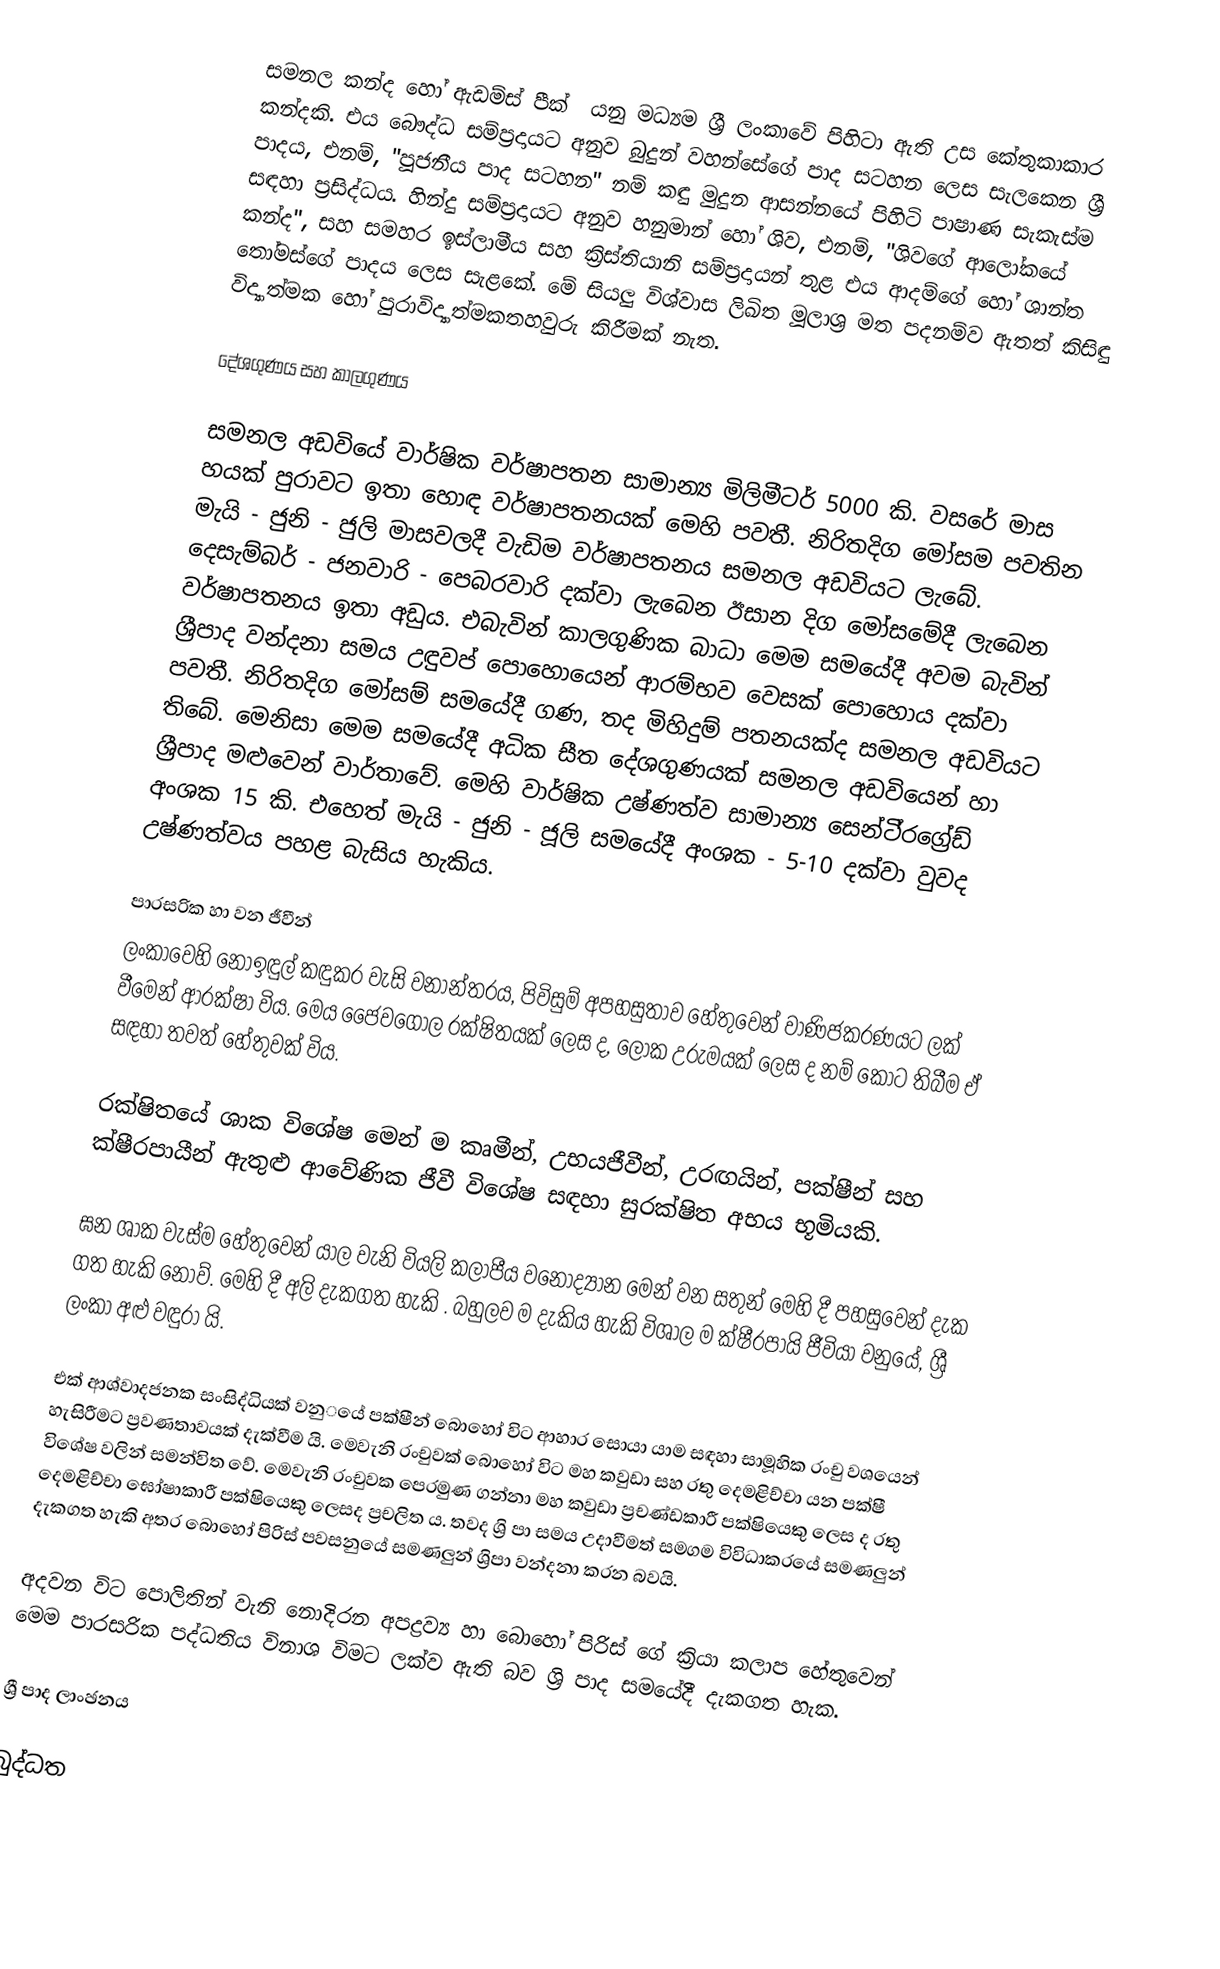
සමනල කන්ද හෝ ඇඩම්ස් පීක් ‍‍‍‍‍‍  යනු මධ්‍යම ශ්‍රී ලංකාවේ පිහිටා ඇති  උස කේතුකාකාර කන්දකි. එය බෞද්ධ සම්ප්‍රදායට අනුව බුදුන් වහන්සේගේ පාද සටහන ලෙස සැලකෙන ශ්‍රී පාදය, එනම්, "පූජනීය පාද සටහන" නම් කඳු මුදුන ආසන්නයේ පිහිටි  පාෂාණ සැකැස්ම සඳහා ප්‍රසිද්ධය. හින්දු සම්ප්‍රදායට අනුව හනුමාන් හෝ ශිව, එනම්, "ශිවගේ ආලෝකයේ කන්ද", සහ සමහර ඉස්ලාමීය සහ ක්‍රිස්තියානි සම්ප්‍රදායන් තුළ එය ආදම්ගේ හෝ ශාන්ත තෝමස්ගේ පාදය ලෙස සැළකේ. මේ සියලු විශ්වාස ලිඛිත මූලාශ්‍ර මත පදනම්ව ඇතත් කිසිඳු විද්‍යාත්මක හෝ පුරාවිද්‍යාත්මකතහවුරු කිරීමක් නැත.

දේශගුණය සහ කාලගුණය

සමනල අඩවියේ වාර්ෂික වර්ෂාපතන සාමාන්‍ය මිලිමීටර් 5000 කි. වසරේ මාස හයක්‌ පුරාවට ඉතා හොඳ වර්ෂාපතනයක්‌ මෙහි පවතී. නිරිතදිග මෝසම පවතින මැයි - ජුනි - ජුලි මාසවලදී වැඩිම වර්ෂාපතනය සමනල අඩවියට ලැබේ. දෙසැම්බර් - ජනවාරි - පෙබරවාරි දක්‌වා ලැබෙන ඊසාන දිග මෝසමේදී ලැබෙන වර්ෂාපතනය ඉතා අඩුය. එබැවින් කාලගුණික බාධා මෙම සමයේදී අවම බැවින් ශ්‍රීපාද වන්දනා සමය උඳුවප් පොහොයෙන් ආරම්භව වෙසක්‌ පොහොය දක්‌වා පවතී. නිරිතදිග මෝසම් සමයේදී ගණ, තද මිහිදුම් පතනයක්‌ද සමනල අඩවියට තිබේ. මෙනිසා මෙම සමයේදී අධික සීත දේශගුණයක්‌ සමනල අඩවියෙන් හා ශ්‍රීපාද මළුවෙන් වාර්තාවේ. මෙහි වාර්ෂික උෂ්ණත්ව සාමාන්‍ය සෙන්ටි්‍රග්‍රේඩ් අංශක 15 කි. එහෙත් මැයි - ජුනි - ජූලි සමයේදී අංශක - 5-10 දක්‌වා වුවද උෂ්ණත්වය පහළ බැසිය හැකිය.

පාරසරික හා වන ජීවීන්
ලංකාවෙහි නොඉඳුල් කඳුකර වැසි වනාන්තරය, පිවිසු‌ම් අපහසුතාව හේතුවෙන් වාණිජකරණයට ලක් වී‍මෙන් ආරක්ෂා විය. මෙය  ‍ජෛවගෝල රක්ෂිතයක් ‌‍ලෙස ද,  ‍ලෝක උරුමයක් ‍ලෙස ද නම්‍‍‍ කොට තිබීම ඒ සඳහා තවත් හේතුවක් විය. ‌

රක්ෂිතයේ ශාක විශේෂ මෙන් ම කෘමීන්, උභයජීවීන්, උරඟයින්, පක්ෂීන් සහ ක්ෂීරපායීන් ඇතුළු ආවේණික ජීවී විශේෂ සඳහා සුරක්ෂිත අභය භූමියකි.

ඝන ශාක වැස්ම හේතුවෙන් යාල වැනි වියලි කලාපීය වනෝද්‍යාන මෙන් වන සතුන් මෙහි දී පහසුවෙන් දැක ගත හැකි නොව්. මෙහි දී අලි දැකගත හැකි . බහුලව ම දැකිය හැකි විශාල ම ක්ෂීරපායි ජීවියා වනුයේ, ශ්‍රී ලංකා අළු වඳුරා යි.

එක් ආශ්වාදජනක සංසිද්ධියක් වනු‌‌‍යේ පක්ෂීන් ‌‍බොහෝ විට ආහාර ‍‍සොයා යාම සඳහා සාමූහික රංචු වශ‌‍යෙන් හැසිරීමට ප්‍රවණතාවයක් දැක්වීම යි. මෙවැනි ‍රංචුවක් ‍‍බොහෝ විට මහ කවුඩා සහ රතු දෙමළිච්චා යන පක්ෂී විශේෂ වලින් සමන්විත වේ. මෙවැනි ‍රංචුවක පෙරමුණ ගන්නා මහ කවුඩා ප්‍රචණ්ඩකාරී පක්ෂියෙකු ලෙස ද රතු දෙමළිච්චා ඝෝෂාකාරී පක්ෂියෙකු ලෙසද ප්‍රචලිත ය. තවද ශ්‍රි පා සමය උදාවීමත් සමගම විවිධාකරයේ සමණලුන් දැකගත හැකි අතර බොහෝ පිරිස් පවසනුයේ සමණලුන් ශ්‍රිපා වන්දනා කරන බවයි.

අදවන විට පොලිතින් වැනි නොදිරන අපද්‍රව්‍ය හා බොහෝ පිරිස් ගේ ක්‍රියා කලාප හේතුවෙන් මෙම පාරසරික පද්ධතිය විනාශ විමට ලක්ව ඇති බව ශ්‍රි පාද සමයේදී දැකගත හැක.

ශ්‍රී පාද ලාංඡනය

 බුද්ධත